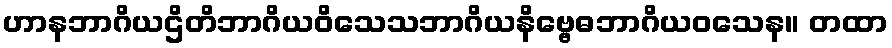
ဟာနဘာဂိယဌိတိဘာဂိယဝိသေသဘာဂိယနိဗ္ဗေဓဘာဂိယဝသေန။ တထာ